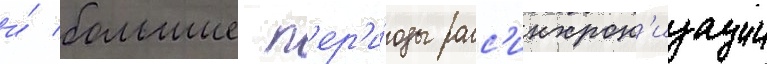
и́ большие п'ер'и́оды расс'инхрон'изации